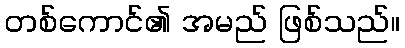
တစ်ကောင်၏ အမည် ဖြစ်သည်။